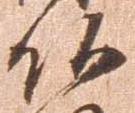
頭